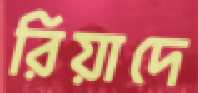
রিয়াদে